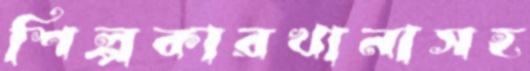
শিল্পকারখানাসহ